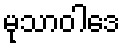
မုသာဝါဒေ